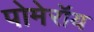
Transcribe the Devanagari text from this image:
पोमेरॉय